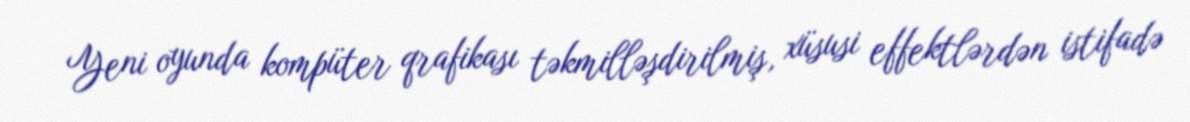
Yeni oyunda kompüter qrafikası təkmilləşdirilmiş, xüsusi effektlərdən istifadə